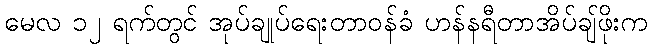
မေလ ၁၂ ရက်တွင် အုပ်ချုပ်ရေးတာဝန်ခံ ဟန်နရီတာအိပ်ချ်ဖိုးက